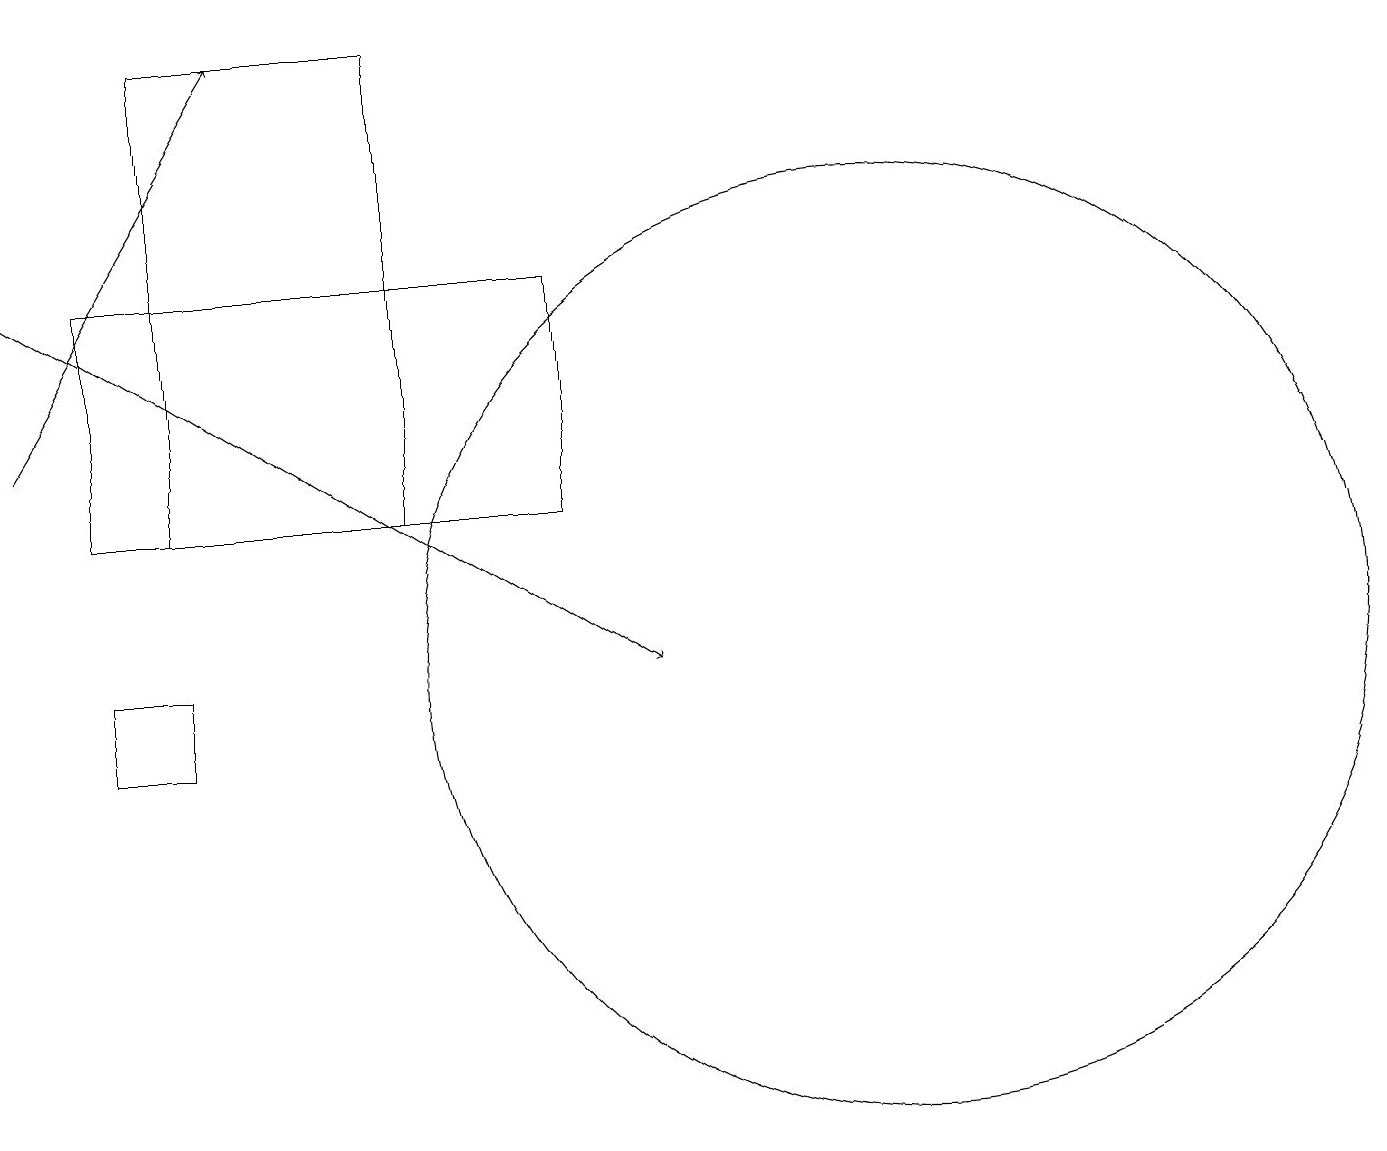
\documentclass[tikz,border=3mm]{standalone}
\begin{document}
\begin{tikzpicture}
\draw (1,10) rectangle (2,11);
\draw (1,16) rectangle (7,13);
\draw (11,11) circle (6);
\draw[->] (0,16) -- (8,11);
\draw (5,13) rectangle (2,19);
\draw[->] (0,14) -- (3,19);
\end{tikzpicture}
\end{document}